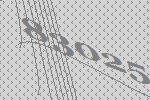
83025